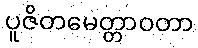
ပူဇိတမေတ္တာဝတာ